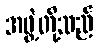
အဖွဲ့တို့သည်